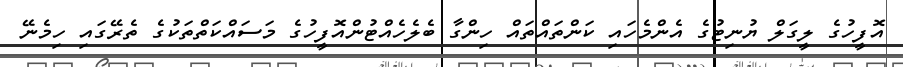
އޮފީހުގެ ލީގަލް ޔުނިޓުގެ އެންމެހައި ކަންތައްތައް ހިންގާ ބެލެހެއްޓުންއޮފީހުގެ މަސައްކަތްތަކުގެ ތެރޭގައި ހިމެނޭ